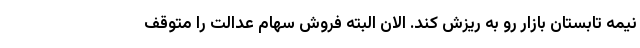
نیمه تابستان بازار رو به ریزش کند. الان البته فروش سهام عدالت را متوقف